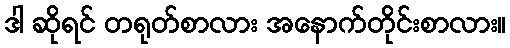
ဒါ ဆိုရင် တရုတ်စာလား အနောက်တိုင်းစာလား။